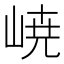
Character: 𡸳